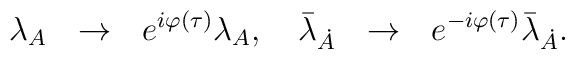
\lambda_A~~\rightarrow~~e^{i\varphi(\tau)}\lambda_A, \quad\bar\lambda_{\dot A}~~\rightarrow~~e^{-i\varphi(\tau)}\bar\lambda_{\dot A}.